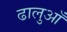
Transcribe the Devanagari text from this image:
ढालुआँ